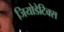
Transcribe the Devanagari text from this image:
जियोडेटिक्स